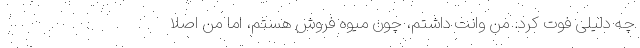
چه دلیلی فوت کرد. من وانت داشتم، چون میوه فروش هستم، اما من اصلاً